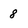
Character: 8